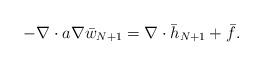
LaTeX: \begin{align*}-\nabla\cdot a\nabla \bar w_{N+1}=\nabla\cdot\bar h_{N+1}+\bar f.\end{align*}